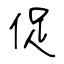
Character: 促